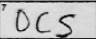
Transcription: OCS